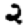
Digit: 2